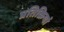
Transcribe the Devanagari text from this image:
प्रतिक्रियां